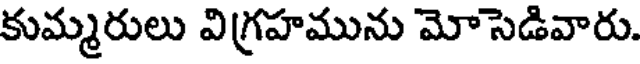
కుమ్మరులు విగ్రహమును మోసెడివారు.